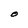
Character: O